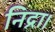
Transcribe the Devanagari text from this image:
निद्रा।